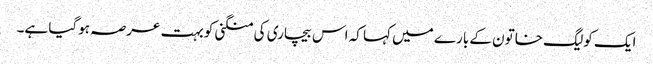
ایک کولیگ خاتون کے بارے میں کہا کہ اس بیچاری کی منگنی کو بہت عرصہ ہوگیا ہے۔